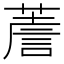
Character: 𦸻